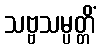
သဗ္ဗသမ္ပတ္တိံ